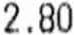
2.80